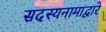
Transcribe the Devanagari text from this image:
सदस्यनामाद्वारे